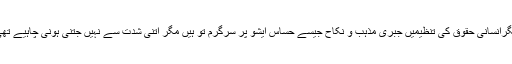
مگرانسانی حقوق کی تنظیمیں جبری مذہب و نکاح جیسے حساس ایشو پر سرگرم تو ہیں مگر اْتنی شدت سے نہیں جتنی ہونی چاہیے تھی۔